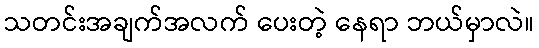
သတင်းအချက်အလက် ပေးတဲ့ နေရာ ဘယ်မှာလဲ။